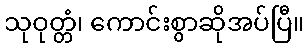
သုဝုတ္တံ၊ ကောင်းစွာဆိုအပ်ပြီ။